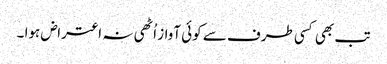
تب بھی کسی طرف سے کوئی آواز اُٹھی نہ اعتراض ہوا ۔